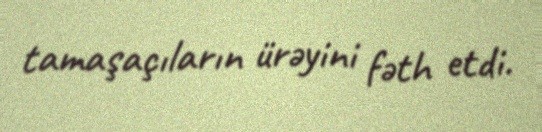
tamaşaçıların ürəyini fəth etdi.